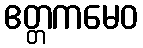
ဧတ္တကမေဝ